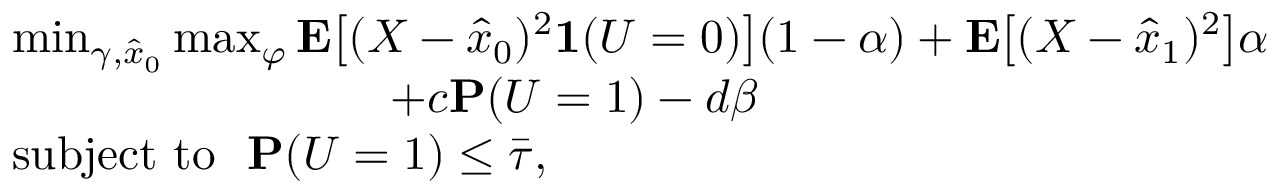
\begin{array} { r l } & { \operatorname* { m i n } _ { \gamma , \hat { x } _ { 0 } } \operatorname* { m a x } _ { \varphi } \mathbf { E } \big [ ( X - \hat { x } _ { 0 } ) ^ { 2 } \mathbf { 1 } ( U = 0 ) \big ] ( 1 - \alpha ) + \mathbf { E } \big [ ( X - \hat { x } _ { 1 } ) ^ { 2 } \big ] \alpha } \\ & { \qquad \qquad \qquad \qquad + c \mathbf { P } ( U = 1 ) - d \beta } \\ & { \mathrm { s u b j e c t ~ t o ~ ~ } \mathbf { P } ( U = 1 ) \le \bar { \tau } , } \end{array}